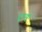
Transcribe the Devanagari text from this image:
डूडकु